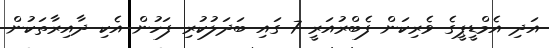
އަދި އެމްޑީޕީގެ ވެރިކަން ފެބްރުއަރީ 7 ގައި ބަދަލުކުރި ފަހުން އެކި ދާއިރާތަކުން